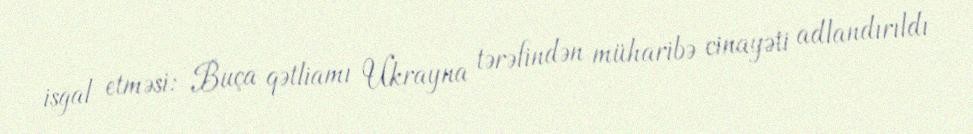
işğal etməsi: Buça qətliamı Ukrayna tərəfindən müharibə cinayəti adlandırıldı